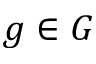
g \in G